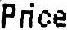
PRICE